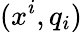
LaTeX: (x^{i},q_{i})